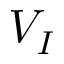
V _ { I }